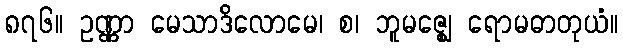
၈၇၆။ ဥဏ္ဏာ မေသာဒိလောမေ၊ စ၊ ဘူမဇ္ဈေ ရောမဓာတုယံ။